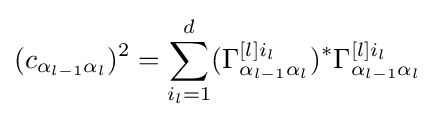
(c_{\alpha _{l-1}\alpha _{l}})^{2}=\sum \limits _{i_{l}=1}^{d}(\Gamma _{\alpha _{l-1}\alpha _{l}}^{[l]i_{l}})^{*}\Gamma _{\alpha _{l-1}\alpha _{l}}^{[l]i_{l}}